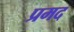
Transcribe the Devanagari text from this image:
प्रमद